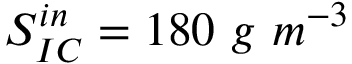
S _ { I C } ^ { i n } = 1 8 0 \ g \ m ^ { - 3 }